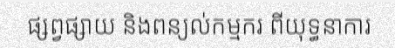
ផ្សព្វផ្សាយ និងពន្យល់កម្មករ ពីយុទ្ធនាការ